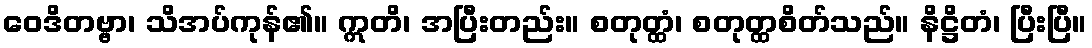
ဝေဒိတဗ္ဗာ၊ သိအပ်ကုန်၏။ ဣတိ၊ အပြီးတည်း။ စတုတ္ထံ၊ စတုတ္ထစိတ်သည်။ နိဋ္ဌိတံ၊ ပြီးပြီ။